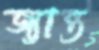
জ্যান্ত